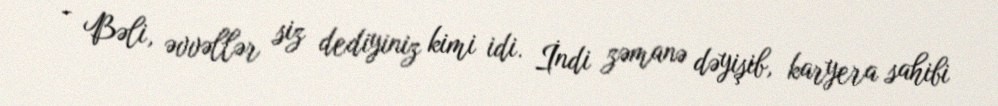
- Bəli, əvvəllər siz dediyiniz kimi idi. İndi zəmanə dəyişib, karyera sahibi